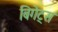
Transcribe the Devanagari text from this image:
बिगेट्स